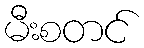
မီးစတင်